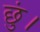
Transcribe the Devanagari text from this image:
छुं।